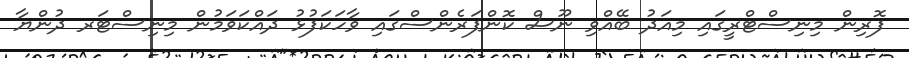
ފޮރިން މިނިސްޓްރީގައި މިއަދު ބޭއްވި ނޫސް ކޮންފަރެންސްގައި ވާހަކަފުޅު ދައްކަވަމުން މިނިސްޓަރ ދުންޔާ